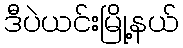
ဒီပဲယင်းမြို့နယ်